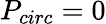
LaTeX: P_{circ}=0